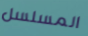
المسلسل